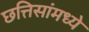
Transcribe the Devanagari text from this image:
छत्तिसांमध्ये